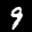
Label: 9